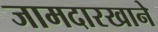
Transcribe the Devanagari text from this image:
जामदारखाने